Document type: Emphyteutic lease
Year: 1276
Scribe: Pere de Roca
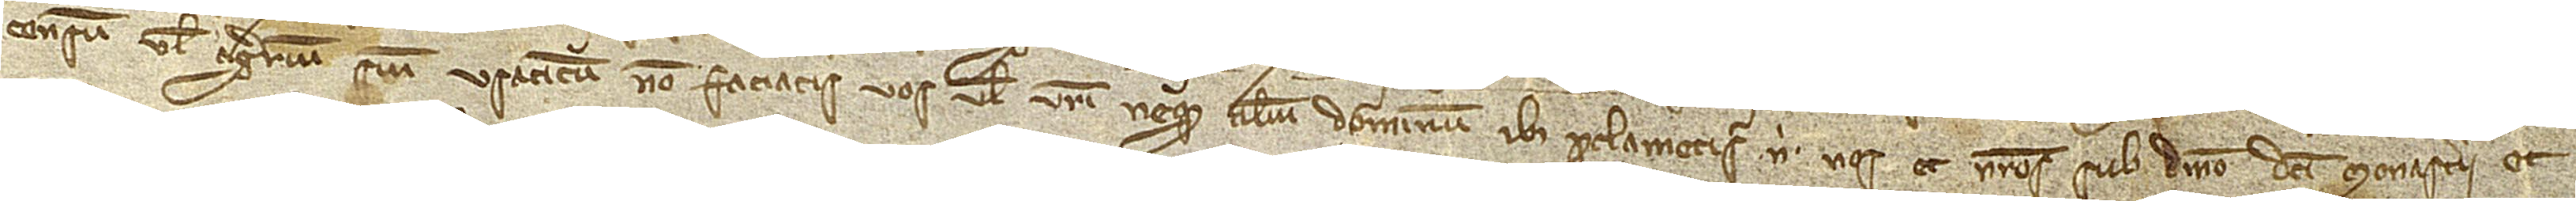
censum vel agrarium sive usaticum non faciatis vos vel vestri neque alium dominum ibi proclametis nisi nos et nostros, sub dominio monasterii et